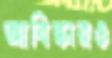
আবিষ্কারও